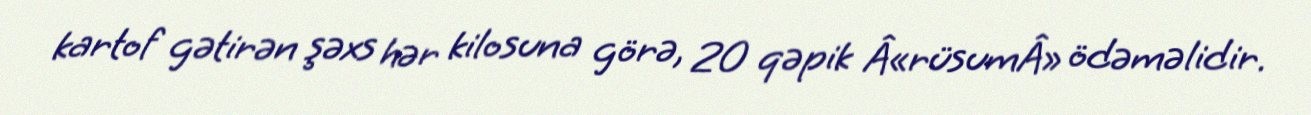
kartof gətirən şəxs hər kilosuna görə, 20 qəpik Â«rüsumÂ» ödəməlidir.